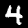
Digit: 4